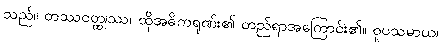
သည်။ တဿဝတ္ထုဿ၊ ထိုအဓိကရုဏ်း၏ တည်ရာအကြောင်း၏။ ဝူပသမာယ၊